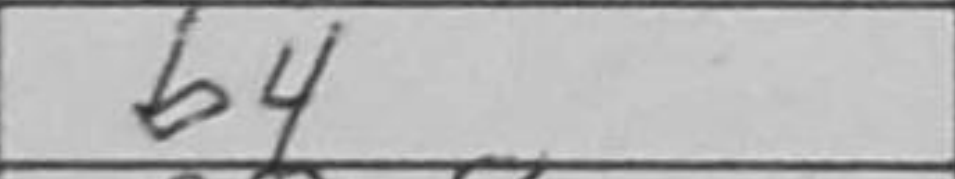
Transcription: b4